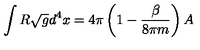
\int R \sqrt { g } d ^ { 4 } x = 4 \pi \left( 1 - { \frac { \beta } { 8 \pi m } } \right) A